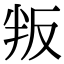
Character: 叛